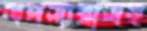
সদস্যরাসহ